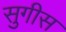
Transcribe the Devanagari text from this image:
सुगीस